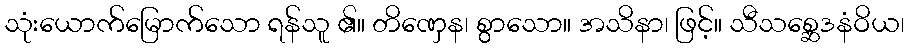
သုံးယောက်မြောက်သော ရန်သူ ၏။ တိဏှေန၊ စွာသော။ အသိနာ၊ ဖြင့်။ သီသစ္ဆေဒနံဝိယ၊